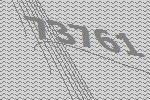
73761